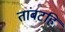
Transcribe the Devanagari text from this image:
तांबटहि